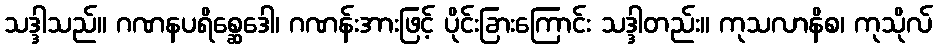
သဒ္ဒါသည်။ ဂဏနပရိစ္ဆေဒေါ၊ ဂဏန်းအားဖြင့် ပိုင်းခြားကြောင်း သဒ္ဒါတည်း။ ကုသလာနိစ၊ ကုသိုလ်